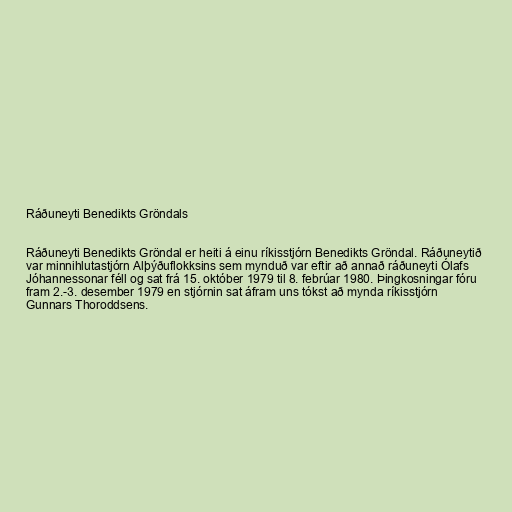
Ráðuneyti Benedikts Gröndals

Ráðuneyti Benedikts Gröndal er heiti á einu ríkisstjórn Benedikts Gröndal. Ráðuneytið
var minnihlutastjórn Alþýðuflokksins sem mynduð var eftir að annað ráðuneyti Ólafs
Jóhannessonar féll og sat frá 15. október 1979 til 8. febrúar 1980. Þingkosningar fóru
fram 2.-3. desember 1979 en stjórnin sat áfram uns tókst að mynda ríkisstjórn
Gunnars Thoroddsens.